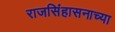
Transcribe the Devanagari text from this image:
राजसिंहासनाच्या